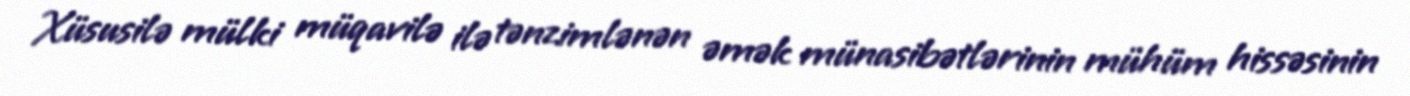
Xüsusilə mülki müqavilə ilə tənzimlənən əmək münasibətlərinin mühüm hissəsinin